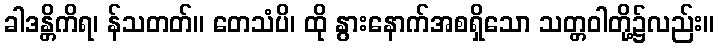
ခါဒန္တိကိရ၊ န်သတတ်။ တေသံပိ၊ ထို နွားနောက်အစရှိသော သတ္တဝါတို့၌လည်း။